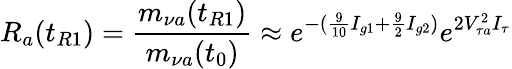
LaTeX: R_{a}(t_{R1})=\frac{m_{\nu a}(t_{R1})}{m_{\nu a}(t_{0})}\approx e^{-(\frac{9}{10}I_{g1}+\frac{9}{2}I_{g2})}e^{2V_{\tau a}^{2}I_{\tau}}